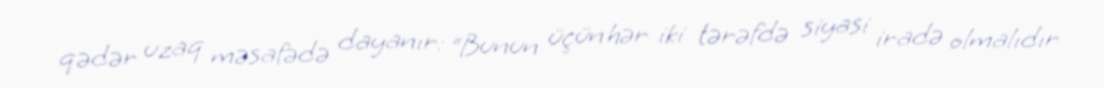
qədər uzaq məsafədə dayanır: “Bunun üçün hər iki tərəfdə siyasi iradə olmalıdır